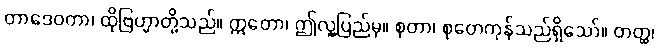
တာဒေဝတာ၊ ထိုဗြဟ္မာတို့သည်။ ဣတော၊ ဤလူ့ပြည်မှ။ စုတာ၊ စုတေကုန်သည်ရှိသော်။ တတ္ထ၊